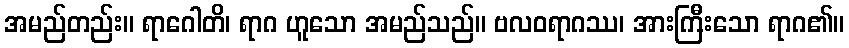
အမည်တည်း။ ရာဂေါတိ၊ ရာဂ ဟူသော အမည်သည်။ ဗလဝရာဂဿ၊ အားကြီးသော ရာဂ၏။